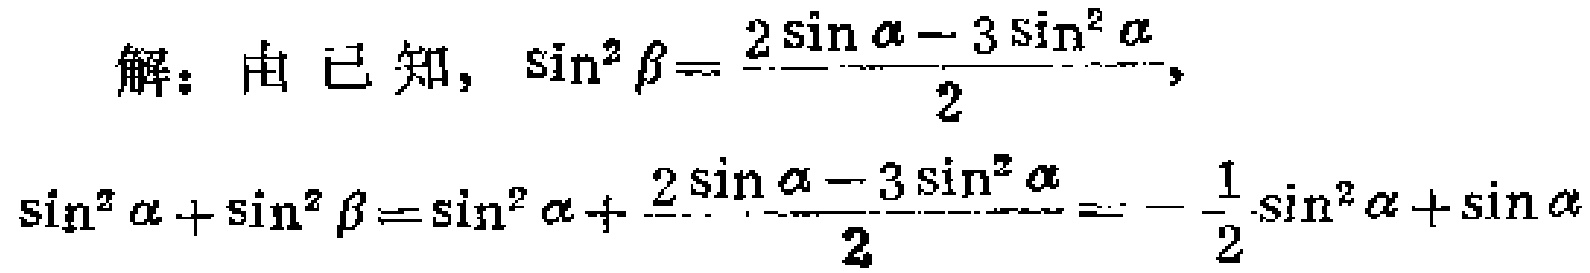
解：由已知，\(\sin^{2}\beta = \frac{2\sin\alpha - 3\sin^{2}\alpha}{2}\)，
\(\sin^{2}\alpha+\sin^{2}\beta=\sin^{2}\alpha + \frac{2\sin\alpha - 3\sin^{2}\alpha}{2}=-\frac{1}{2}\sin^{2}\alpha+\sin\alpha\)